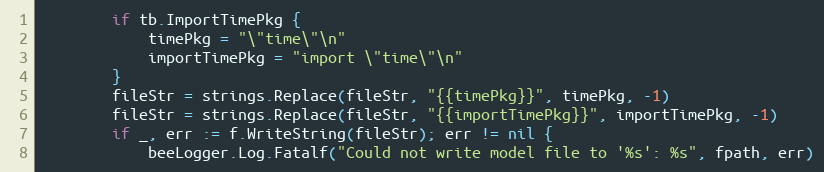
Language: Go
		if tb.ImportTimePkg {
			timePkg = "\"time\"\n"
			importTimePkg = "import \"time\"\n"
		}
		fileStr = strings.Replace(fileStr, "{{timePkg}}", timePkg, -1)
		fileStr = strings.Replace(fileStr, "{{importTimePkg}}", importTimePkg, -1)
		if _, err := f.WriteString(fileStr); err != nil {
			beeLogger.Log.Fatalf("Could not write model file to '%s': %s", fpath, err)